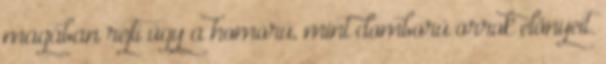
magában rejti úgy a homorú, mint domború orrok előnyeit.